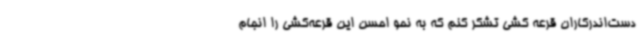
دست‌اندرکاران قرعه کشی تشکر کنم که به نحو احسن این قرعه‌کشی را انجام